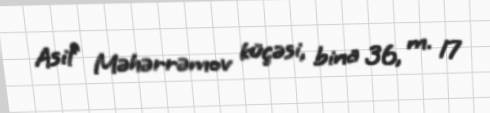
Asif Məhərrəmov küçəsi, bina 36, m. 17